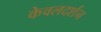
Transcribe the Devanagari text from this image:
केवलदर्शन